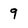
Character: 9